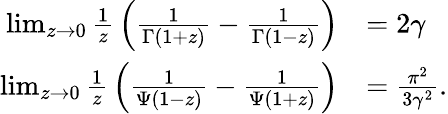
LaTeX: {\begin{array}{rl}{\operatorname*{lim}_{z\to 0}{\frac{1}{z}}\left({\frac{1}{\Gamma(1+z)}}-{\frac{1}{\Gamma(1-z)}}\right)}&{=2\gamma}\\ {\operatorname*{lim}_{z\to 0}{\frac{1}{z}}\left({\frac{1}{\Psi(1-z)}}-{\frac{1}{\Psi(1+z)}}\right)}&{={\frac{\pi^{2}}{3\gamma^{2}}}.}\end{array}}